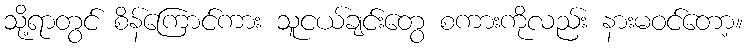
သို့ရာတွင် စိန်ကြောင်ကား သူငယ်ချင်းတွေ စကားကိုလည်း နားမဝင်တော့။